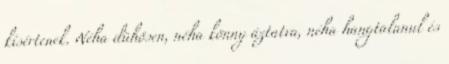
kísértenek. Néha dühösen, néha könny áztatva, néha hangtalanul és